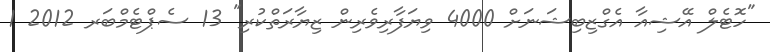
"ހޮޓެލް އޭޝިއާ އެގްޒިބިޝަނަށް 4000 ވިޔަފާރިވެރިން ޒިޔާރަތްކުރި" 13 ސެޕްޓެމްބަރ 2012 1